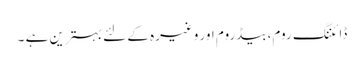
ڈائننگ روم، بیڈروم اور وغیرہ کے لئے بہترین ہے ۔